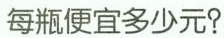
每瓶便宜多少元?